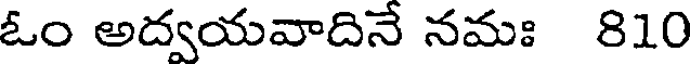
ఓం అద్వయవాదినే నమః 810